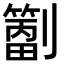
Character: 𫦝